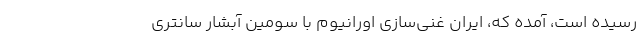
رسیده است، آمده که، ایران غنی‌سازی اورانیوم با سومین آبشار سانتری